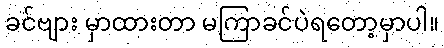
ခင်ဗျား မှာထားတာ မကြာခင်ပဲရတော့မှာပါ။